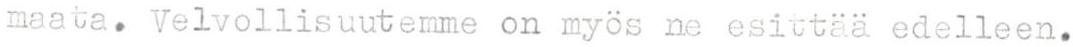
maata. Velvollisuutemme on myös ne esittää edelleen.